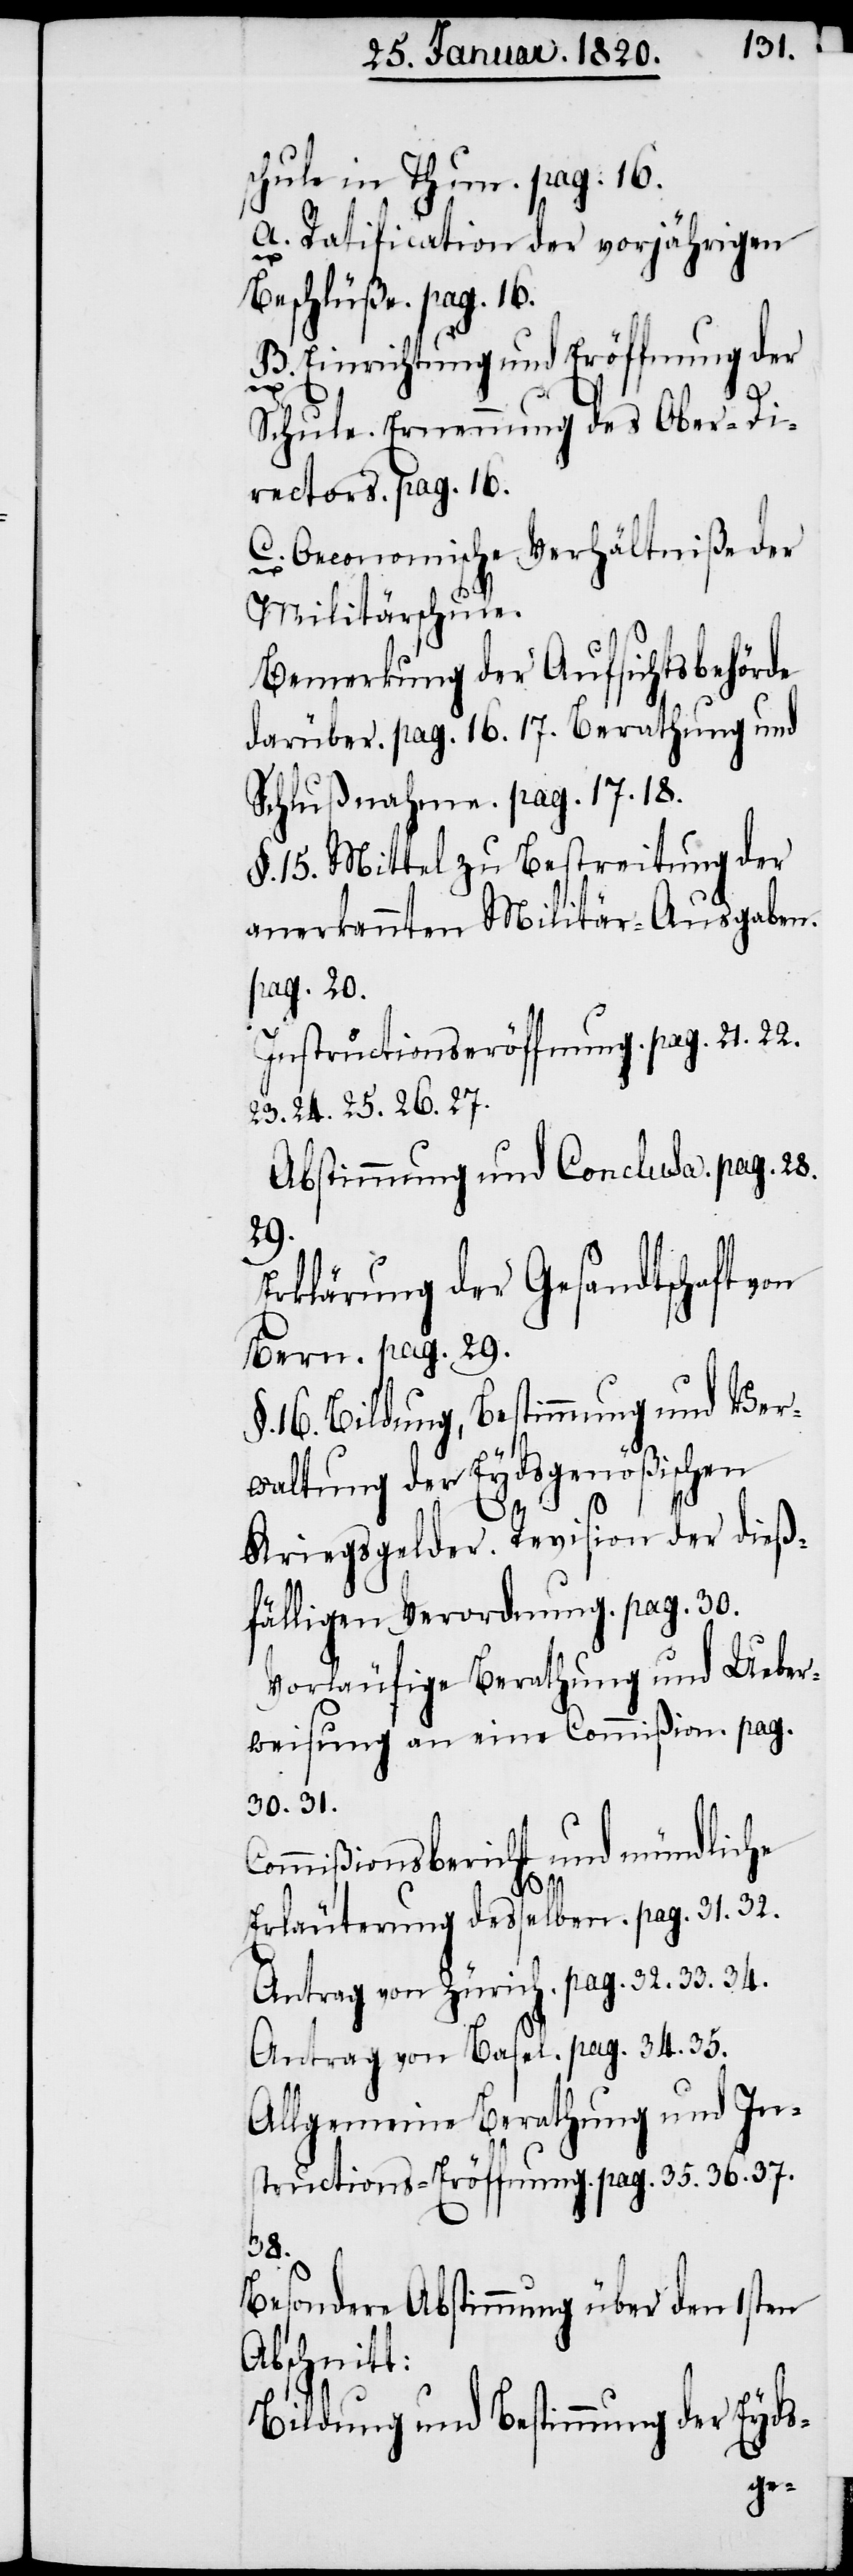
schule in Thun. pag. 16.
A. Ratification der vorjährigen
Beschlüße. pag. 16.
B. Einrichtung und Eröffnung der
Schule. Ernennung des Ober-Di¬
rectors. pag. 16.
C. Oeconomische Verhältniße der
Militärschule.
Bemerkung der Aufsichtsbehörde
darüber. pag. 16. 17. Berathung und
Schlußnahme. pag. 17. 18.
§. 15. Mittel zu Bestreitung der
anerkannten Militär-Ausgaben.
pag. 20.
Instructionseröffnung. pag. 21. 22.
23. 24. 25. 26. 27.
Abstimmung und Conclusa. pag. 28.
29.
Erklärung der Gesandtschaft von
Bern. pag. 29.
16. Bildung, Bestimmung und Ver¬
waltung der Eydsgenößischen
Kriegsgelder. Revision der dieß¬
fälligen Verordnung. pag. 30.
Vorläufige Berathung und Ueber¬
weisung an eine Commißion. pag.
30. 31.
Commißionsbericht und mündliche
Erläuterung desselben. pag. 31. 32.
Antrag von Zürich. pag. 32. 33. 34.
Antrag von Basel. pag. 34. 35.
Allgemeine Berathung und In¬
structions-Eröffnung. pag. 35. 36. 37.
38.
Besondere Abstimmung über den 1sten
Abschnitt:
Bildung und Bestimmung der Eyds-